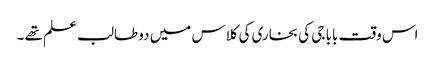
اس وقت بابا جی کی بخاری کی کلاس میں دو طالب علم تھے ۔